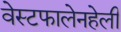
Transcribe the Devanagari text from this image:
वेस्टफालेनहेली